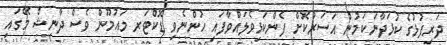
ދަރިފުޅުގެ ކުޅަދާނަކަމުން އަސަރުކޮށް ފެންކަޅިވެލައްވާފައި ހުންނެވި ޑޮކްޓަރ މައުމޫން ވެސް ދާނިޝް މޭގައި